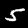
Label: 5